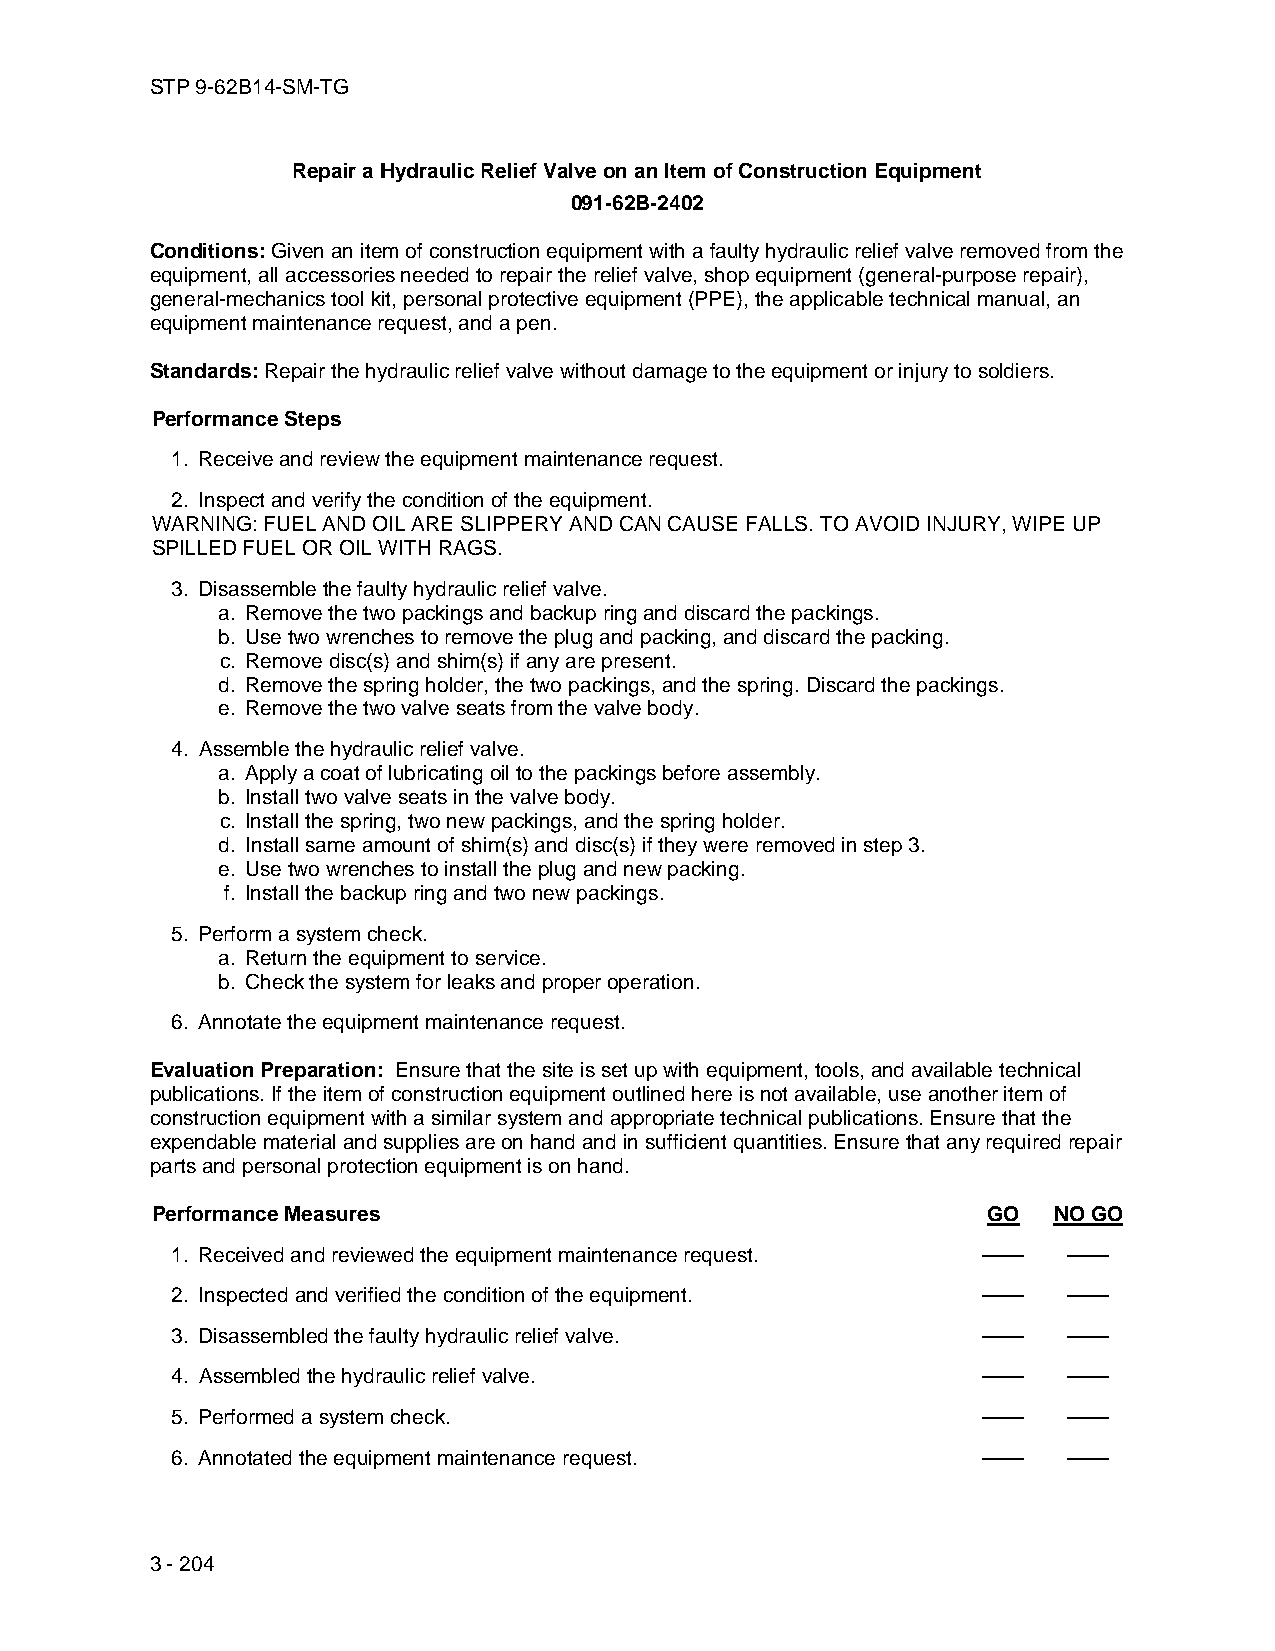
STP 9-62B14-SM-TG
 Repair a Hydraulic Relief Valve on an Item of Construction Equipment
 091-62B-2402
 Conditions: Given an item of construction equipment with a faulty hydraulic relief valve removed from the
 equipment, all accessories needed to repair the relief valve, shop equipment (general-purpose repair),
 general-mechanics tool kit, personal protective equipment (PPE), the applicable technical manual, an
 equipment maintenance request, and a pen.
 Standards: Repair the hydraulic relief valve without damage to the equipment or injury to soldiers.
 Performance Steps
 1. Receive and review the equipment maintenance request.
 2. Inspect and verify the condition of the equipment.
 WARNING: FUEL AND OIL ARE SLIPPERY AND CAN CAUSE FALLS. TO AVOID INJURY, WIPE UP
 SPILLED FUEL OR OIL WITH RAGS.
 3. Disassemble the faulty hydraulic relief valve.
 a. Remove the two packings and backup ring and discard the packings.
 b. Use two wrenches to remove the plug and packing, and discard the packing.
 c. Remove disc(s) and shim(s) if any are present.
 d. Remove the spring holder, the two packings, and the spring. Discard the packings.
 e. Remove the two valve seats from the valve body.
 4. Assemble the hydraulic relief valve.
 a. Apply a coat of lubricating oil to the packings before assembly.
 b. Install two valve seats in the valve body.
 c. Install the spring, two new packings, and the spring holder.
 d. Install same amount of shim(s) and disc(s) if they were removed in step 3.
 e. Use two wrenches to install the plug and new packing.
 f. Install the backup ring and two new packings.
 5. Perform a system check.
 a. Return the equipment to service.
 b. Check the system for leaks and proper operation.
 6. Annotate the equipment maintenance request.
 Evaluation Preparation: Ensure that the site is set up with equipment, tools, and available technical
 publications. If the item of construction equipment outlined here is not available, use another item of
 construction equipment with a similar system and appropriate technical publications. Ensure that the
 expendable material and supplies are on hand and in sufficient quantities. Ensure that any required repair
 parts and personal protection equipment is on hand.
 Performance Measures                                   GO   NO GO
 1. Received and reviewed the equipment maintenance request. —— ——
 2. Inspected and verified the condition of the equipment. —— ——
 3. Disassembled the faulty hydraulic relief valve.    ——    ——
 4. Assembled the hydraulic relief valve.              ——    ——
 5. Performed a system check.                          ——    ——
 6. Annotated the equipment maintenance request.       ——    ——
 3 - 204